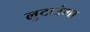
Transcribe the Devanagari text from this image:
लुटाउंगा